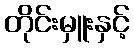
တိုင်းမှူးနှင့်